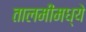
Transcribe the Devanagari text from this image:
तालमींमध्ये